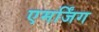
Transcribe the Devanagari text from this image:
एमर्जिंग